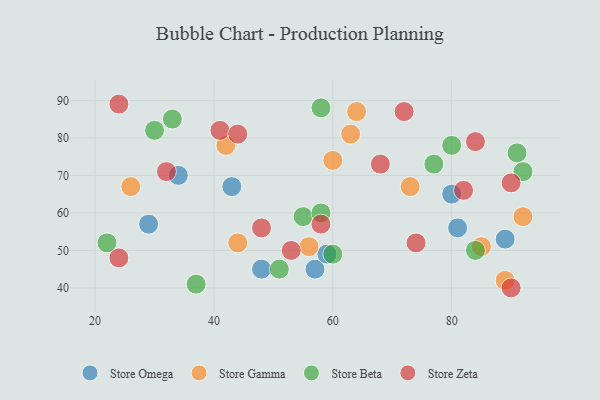
{"axis": {"x": "GDP", "y": "Life Expectancy"}, "legend": ["Store Beta", "Store Gamma", "Store Omega", "Store Zeta"], "data": [{"x": "89", "y": 53, "type": "Store Omega"}, {"x": "48", "y": 45, "type": "Store Omega"}, {"x": "57", "y": 45, "type": "Store Omega"}, {"x": "81", "y": 56, "type": "Store Omega"}, {"x": "80", "y": 65, "type": "Store Omega"}, {"x": "29", "y": 57, "type": "Store Omega"}, {"x": "43", "y": 67, "type": "Store Omega"}, {"x": "34", "y": 70, "type": "Store Omega"}, {"x": "59", "y": 49, "type": "Store Omega"}, {"x": "89", "y": 42, "type": "Store Gamma"}, {"x": "85", "y": 51, "type": "Store Gamma"}, {"x": "92", "y": 59, "type": "Store Gamma"}, {"x": "42", "y": 78, "type": "Store Gamma"}, {"x": "56", "y": 51, "type": "Store Gamma"}, {"x": "26", "y": 67, "type": "Store Gamma"}, {"x": "73", "y": 67, "type": "Store Gamma"}, {"x": "63", "y": 81, "type": "Store Gamma"}, {"x": "60", "y": 74, "type": "Store Gamma"}, {"x": "44", "y": 52, "type": "Store Gamma"}, {"x": "64", "y": 87, "type": "Store Gamma"}, {"x": "37", "y": 41, "type": "Store Beta"}, {"x": "55", "y": 59, "type": "Store Beta"}, {"x": "22", "y": 52, "type": "Store Beta"}, {"x": "91", "y": 76, "type": "Store Beta"}, {"x": "58", "y": 88, "type": "Store Beta"}, {"x": "84", "y": 50, "type": "Store Beta"}, {"x": "51", "y": 45, "type": "Store Beta"}, {"x": "33", "y": 85, "type": "Store Beta"}, {"x": "58", "y": 60, "type": "Store Beta"}, {"x": "92", "y": 71, "type": "Store Beta"}, {"x": "60", "y": 49, "type": "Store Beta"}, {"x": "80", "y": 78, "type": "Store Beta"}, {"x": "77", "y": 73, "type": "Store Beta"}, {"x": "30", "y": 82, "type": "Store Beta"}, {"x": "41", "y": 82, "type": "Store Zeta"}, {"x": "68", "y": 73, "type": "Store Zeta"}, {"x": "32", "y": 71, "type": "Store Zeta"}, {"x": "24", "y": 89, "type": "Store Zeta"}, {"x": "90", "y": 40, "type": "Store Zeta"}, {"x": "24", "y": 48, "type": "Store Zeta"}, {"x": "82", "y": 66, "type": "Store Zeta"}, {"x": "72", "y": 87, "type": "Store Zeta"}, {"x": "74", "y": 52, "type": "Store Zeta"}, {"x": "48", "y": 56, "type": "Store Zeta"}, {"x": "84", "y": 79, "type": "Store Zeta"}, {"x": "44", "y": 81, "type": "Store Zeta"}, {"x": "90", "y": 68, "type": "Store Zeta"}, {"x": "58", "y": 57, "type": "Store Zeta"}, {"x": "53", "y": 50, "type": "Store Zeta"}]}